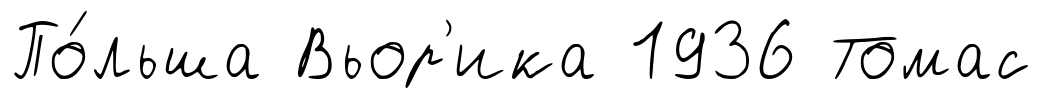
По́льша Вьор'ика 1936 Томас